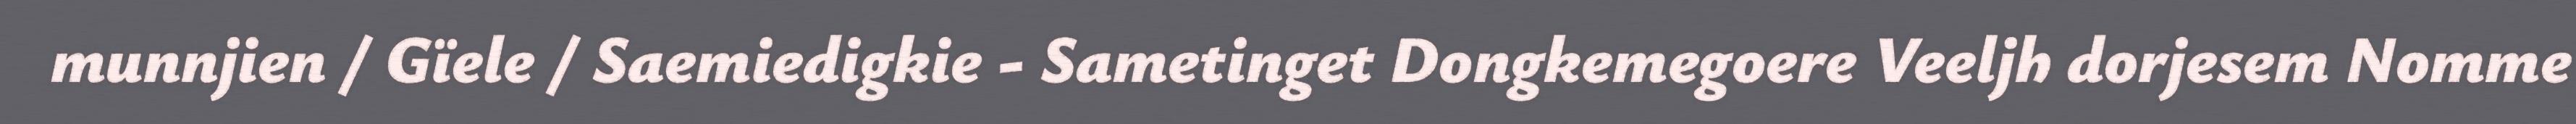
munnjien / Gïele / Saemiedigkie - Sametinget Dongkemegoere Veeljh dorjesem Nomme